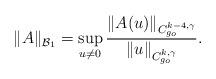
LaTeX: \begin{align*}\|A\|_{\mathcal B_1}=\sup_{u\neq 0}\frac{\|A(u)\|_{C^{k-4,\gamma}_{g_o}}}{\|u\|_{C^{k,\gamma}_{g_o}}}.\end{align*}